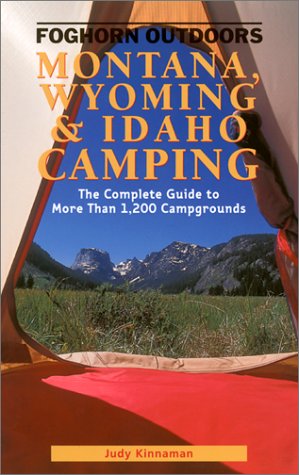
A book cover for Foghorn Outdoors Montana, Wyoming, and Idaho Camping: The Complete Guide to More Than 1,200 Campgrounds; Judy L. Kinnaman; Travel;